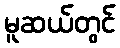
မူဆယ်တွင်